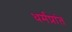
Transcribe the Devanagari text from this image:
धर्मप्रांत